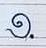
១.